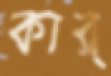
কার্